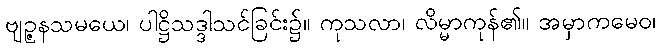
ဗျဉ္ဇနသမယေ၊ ပါဋ္ဌိသဒ္ဒါသင်ခြင်း၌။ ကုသလာ၊ လိမ္မာကုန်၏။ အမှာကမေဝ၊